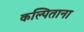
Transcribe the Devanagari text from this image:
कल्पिताना